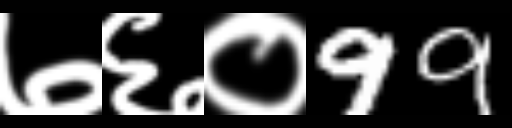
Text: ७६०99